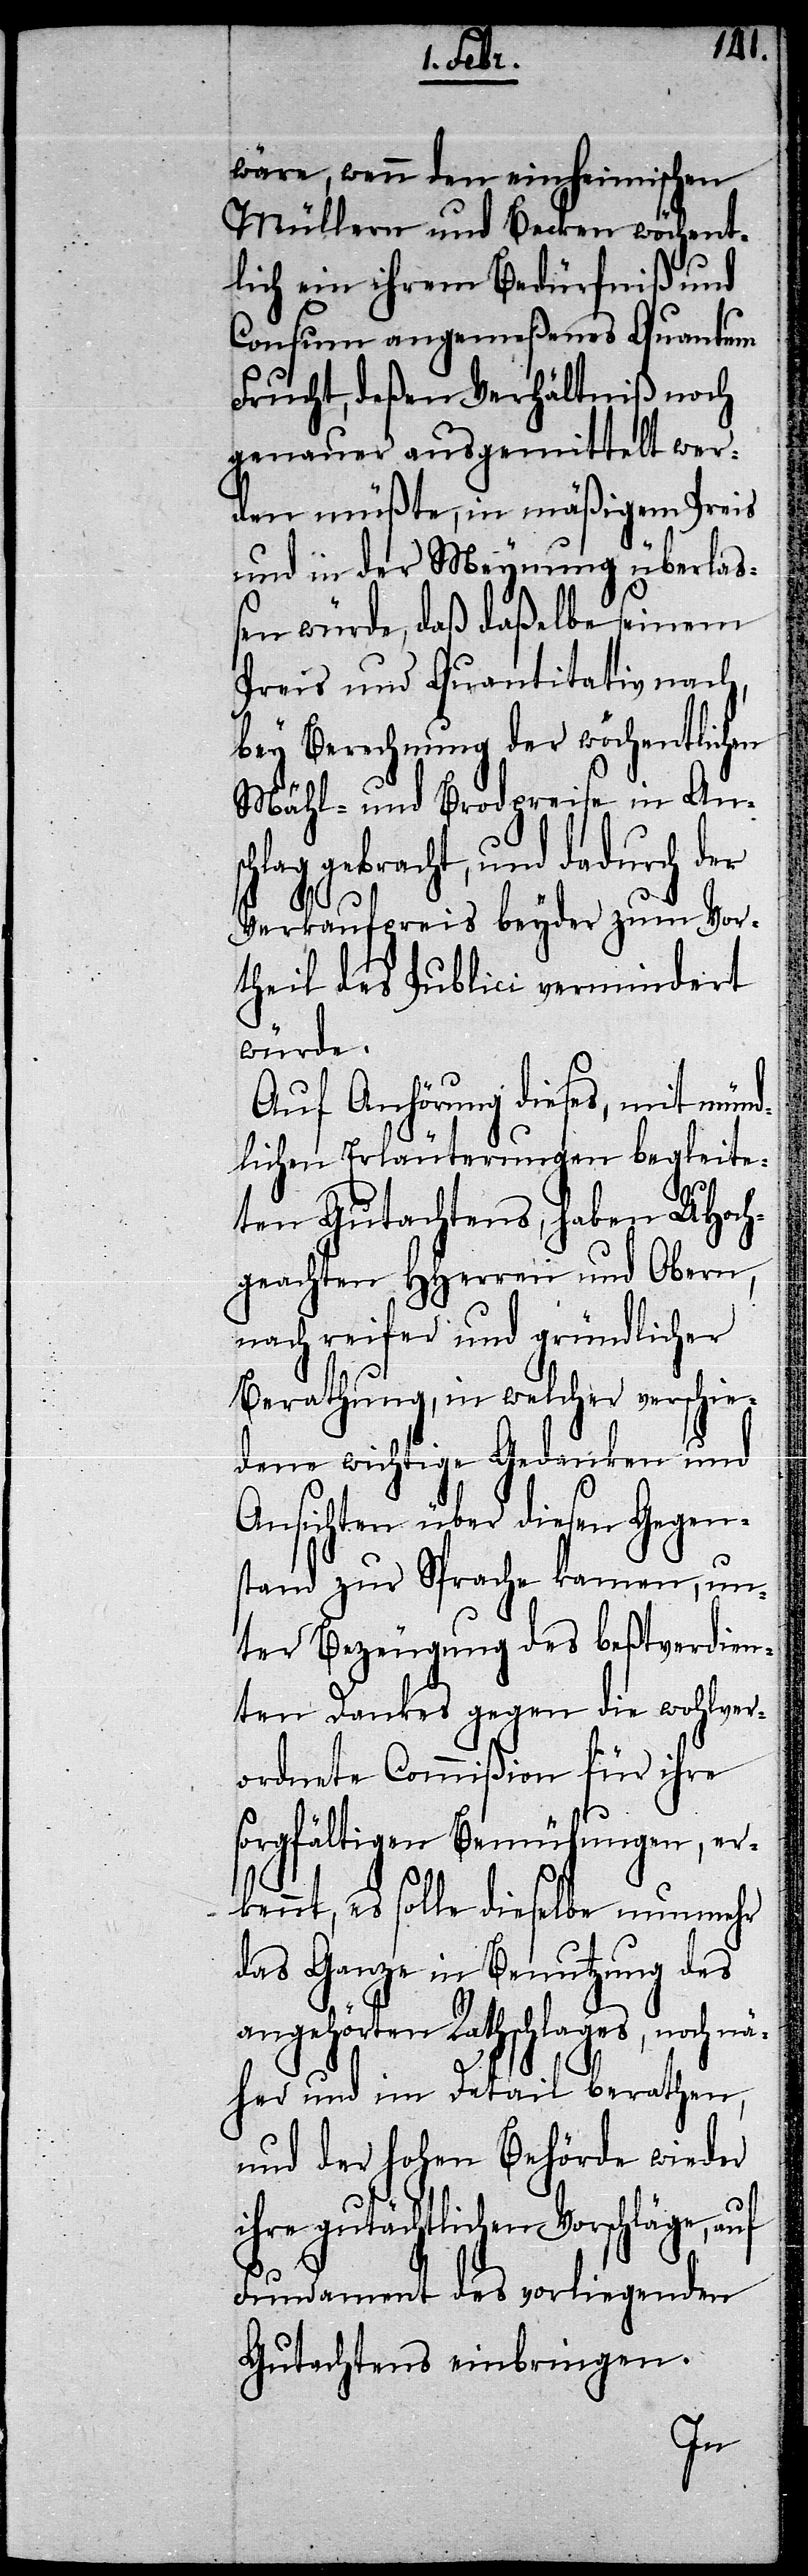
wäre, wenn den einheimischen
Müllern und Becken wöchent¬
lich ein ihrem Bedürfniß und
Consum angemeßenes Quantum
Frucht, deßen Verhältniß noch
genauer ausgemittelt wer¬
den müßte, in mäßigem Preis
und in der Meynung überla¬
ßen würde, daß daßelbe seinem
Preis und Quantitativ nach,
bey Berechnung der wöchentlichen
Mähl- und Brodpreise in Ansc¬
hlag gebracht, und dadurch der
Verkaufpreis beyder zum Vor¬
theil des Publici vermindert
würde.
Auf Anhörung dieses, mit münd¬
lichen Erläuterungen begleite¬
ten Gutachtens, haben UHoch¬
geachten HHerren und Obern,
nach reifer und gründlicher
Berathung, in welcher verschie¬
dene wichtige Gedanken und
Ansichten über diesen Gegen¬
stand zur Sprache kamen, un¬
ter Bezeugung des beßtverdien¬
ten Dankes gegen die wohlver¬
ordnete Commißion für ihre
sorgfältigen Bemühungen, er¬
kennt, es solle dieselbe nunmehr
das Ganze in Benutzung des
angehörten Rathschlages, noch nä¬
her und im Detail berathen,
und der hohen Behörde wieder
ihre gutächtlichen Vorschläge, auf
Fundament des vorliegenden
Gutachtens einbringen.